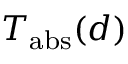
T _ { \mathrm { a b s } } ( d )